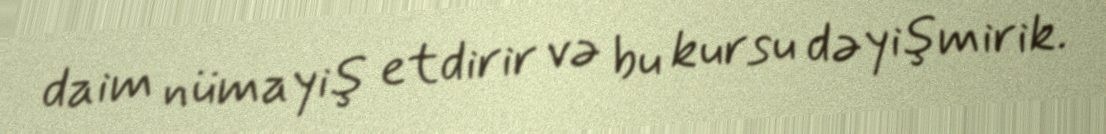
daim nümayiş etdirir və bu kursu dəyişmirik.